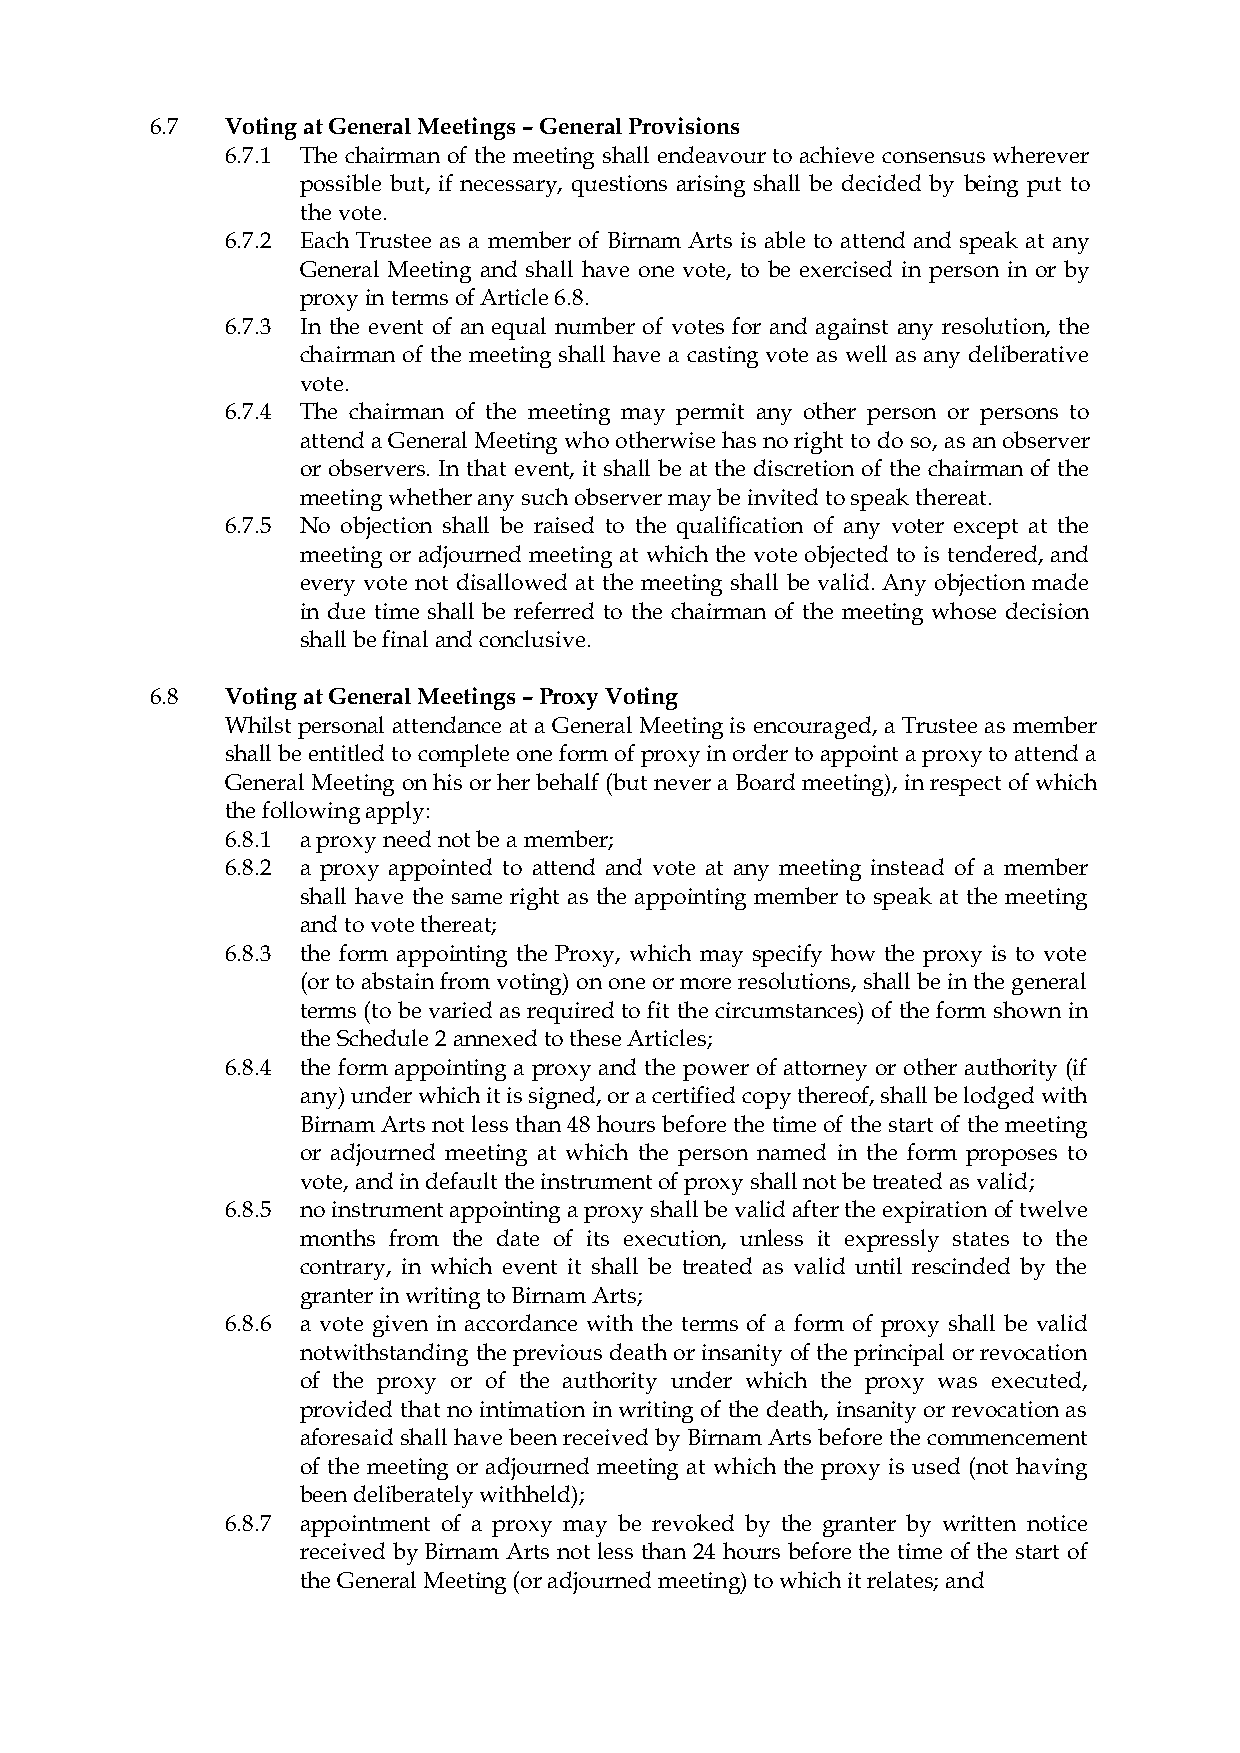
6.7  Voting at General Meetings – General Provisions
 6.7.1 The chairman of the meeting shall endeavour to achieve consensus wherever
 possible but, if necessary, questions arising shall be decided by being put to
 the vote.
 6.7.2 Each Trustee as a member of Birnam Arts is able to attend and speak at any
 General Meeting and shall have one vote, to be exercised in person in or by
 proxy in terms of Article 6.8.
 6.7.3 In the event of an equal number of votes for and against any resolution, the
 chairman of the meeting shall have a casting vote as well as any deliberative
 vote.
 6.7.4 The chairman of the meeting may permit any other person or persons to
 attend a General Meeting who otherwise has no right to do so, as an observer
 or observers. In that event, it shall be at the discretion of the chairman of the
 meeting whether any such observer may be invited to speak thereat.
 6.7.5 No objection shall be raised to the qualification of any voter except at the
 meeting or adjourned meeting at which the vote objected to is tendered, and
 every vote not disallowed at the meeting shall be valid. Any objection made
 in due time shall be referred to the chairman of the meeting whose decision
 shall be final and conclusive.
 6.8  Voting at General Meetings – Proxy Voting
 Whilst personal attendance at a General Meeting is encouraged, a Trustee as member
 shall be entitled to complete one form of proxy in order to appoint a proxy to attend a
 General Meeting on his or her behalf (but never a Board meeting), in respect of which
 the following apply:
 6.8.1 a proxy need not be a member;
 6.8.2 a proxy appointed to attend and vote at any meeting instead of a member
 shall have the same right as the appointing member to speak at the meeting
 and to vote thereat;
 6.8.3 the form appointing the Proxy, which may specify how the proxy is to vote
 (or to abstain from voting) on one or more resolutions, shall be in the general
 terms (to be varied as required to fit the circumstances) of the form shown in
 the Schedule 2 annexed to these Articles;
 6.8.4 the form appointing a proxy and the power of attorney or other authority (if
 any) under which it is signed, or a certified copy thereof, shall be lodged with
 Birnam Arts not less than 48 hours before the time of the start of the meeting
 or adjourned meeting at which the person named in the form proposes to
 vote, and in default the instrument of proxy shall not be treated as valid;
 6.8.5 no instrument appointing a proxy shall be valid after the expiration of twelve
 months from the date of its execution, unless it expressly states to the
 contrary, in which event it shall be treated as valid until rescinded by the
 granter in writing to Birnam Arts;
 6.8.6 a vote given in accordance with the terms of a form of proxy shall be valid
 notwithstanding the previous death or insanity of the principal or revocation
 of the proxy or of the authority under which the proxy was executed,
 provided that no intimation in writing of the death, insanity or revocation as
 aforesaid shall have been received by Birnam Arts before the commencement
 of the meeting or adjourned meeting at which the proxy is used (not having
 been deliberately withheld);
 6.8.7 appointment of a proxy may be revoked by the granter by written notice
 received by Birnam Arts not less than 24 hours before the time of the start of
 the General Meeting (or adjourned meeting) to which it relates; and